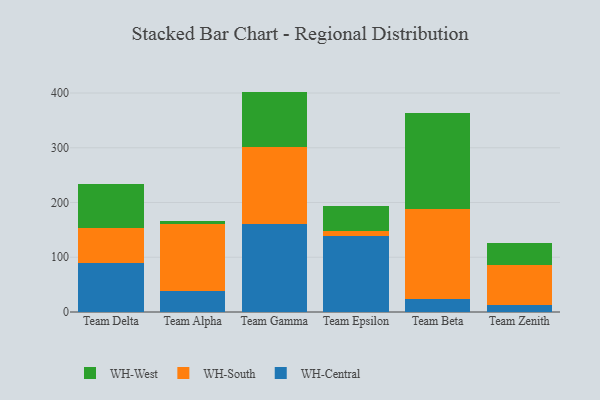
{"axis": {"x": "Team", "y": "Gross Profit (USD K)"}, "legend": ["WH-Central", "WH-South", "WH-West"], "data": [{"x": "Team Delta", "y": 90.2, "type": "WH-Central"}, {"x": "Team Delta", "y": 62.8, "type": "WH-South"}, {"x": "Team Delta", "y": 80.6, "type": "WH-West"}, {"x": "Team Alpha", "y": 38.1, "type": "WH-Central"}, {"x": "Team Alpha", "y": 123.0, "type": "WH-South"}, {"x": "Team Alpha", "y": 5.9, "type": "WH-West"}, {"x": "Team Gamma", "y": 159.9, "type": "WH-Central"}, {"x": "Team Gamma", "y": 142.2, "type": "WH-South"}, {"x": "Team Gamma", "y": 100.5, "type": "WH-West"}, {"x": "Team Epsilon", "y": 138.0, "type": "WH-Central"}, {"x": "Team Epsilon", "y": 9.7, "type": "WH-South"}, {"x": "Team Epsilon", "y": 46.8, "type": "WH-West"}, {"x": "Team Beta", "y": 23.6, "type": "WH-Central"}, {"x": "Team Beta", "y": 164.1, "type": "WH-South"}, {"x": "Team Beta", "y": 176.6, "type": "WH-West"}, {"x": "Team Zenith", "y": 12.8, "type": "WH-Central"}, {"x": "Team Zenith", "y": 73.2, "type": "WH-South"}, {"x": "Team Zenith", "y": 40.6, "type": "WH-West"}]}